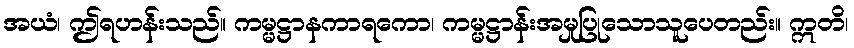
အယံ၊ ဤရဟန်းသည်။ ကမ္မဋ္ဌာနကာရကော၊ ကမ္မဋ္ဌာန်းအမှုပြုသောသူပေတည်း။ ဣတိ၊